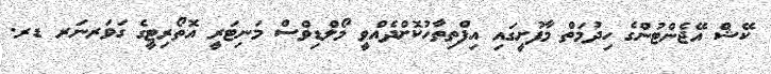
ކޭޝް އޭޖެންޓުންގެ ހިދުމަތް މާފުށީގައި އިފްތިތާހުކޮށްދެއްވީ މޯލްޑިވްސް މަނިޓަރީ އޮތޯރިޓީގެ ގަވަރނަރ ޑރ.